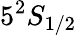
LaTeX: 5^{2}S_{1/2}